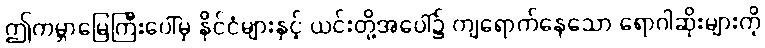
ဤကမ္ဘာမြေကြီးပေါ်မှ နိုင်ငံများနှင့် ယင်းတို့အပေါ်၌ ကျရောက်နေသော ရောဂါဆိုးများကို